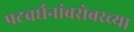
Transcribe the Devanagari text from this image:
पटवर्धनांबरोबरच्या